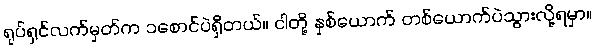
ရုပ်ရှင်လက်မှတ်က ၁စောင်ပဲရှိတယ်။ ငါတို့ နှစ်ယောက် တစ်ယောက်ပဲသွားလို့ရမှာ။